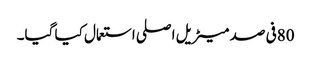
80فی صد میٹریل اصلی استعمال کیا گیا۔